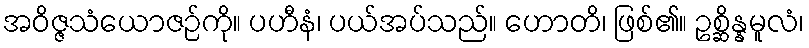
အဝိဇ္ဇသံယောဇဉ်ကို။ ပဟီနံ၊ ပယ်အပ်သည်။ ဟောတိ၊ ဖြစ်၏။ ဥစ္ဆိန္နမူလံ၊